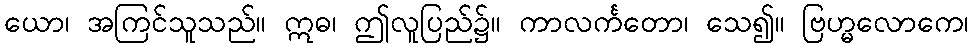
ယော၊ အကြင်သူသည်။ ဣဓ၊ ဤလူပြည်၌။ ကာလင်္ကတော၊ သေ၍။ ဗြဟ္မလောကေ၊